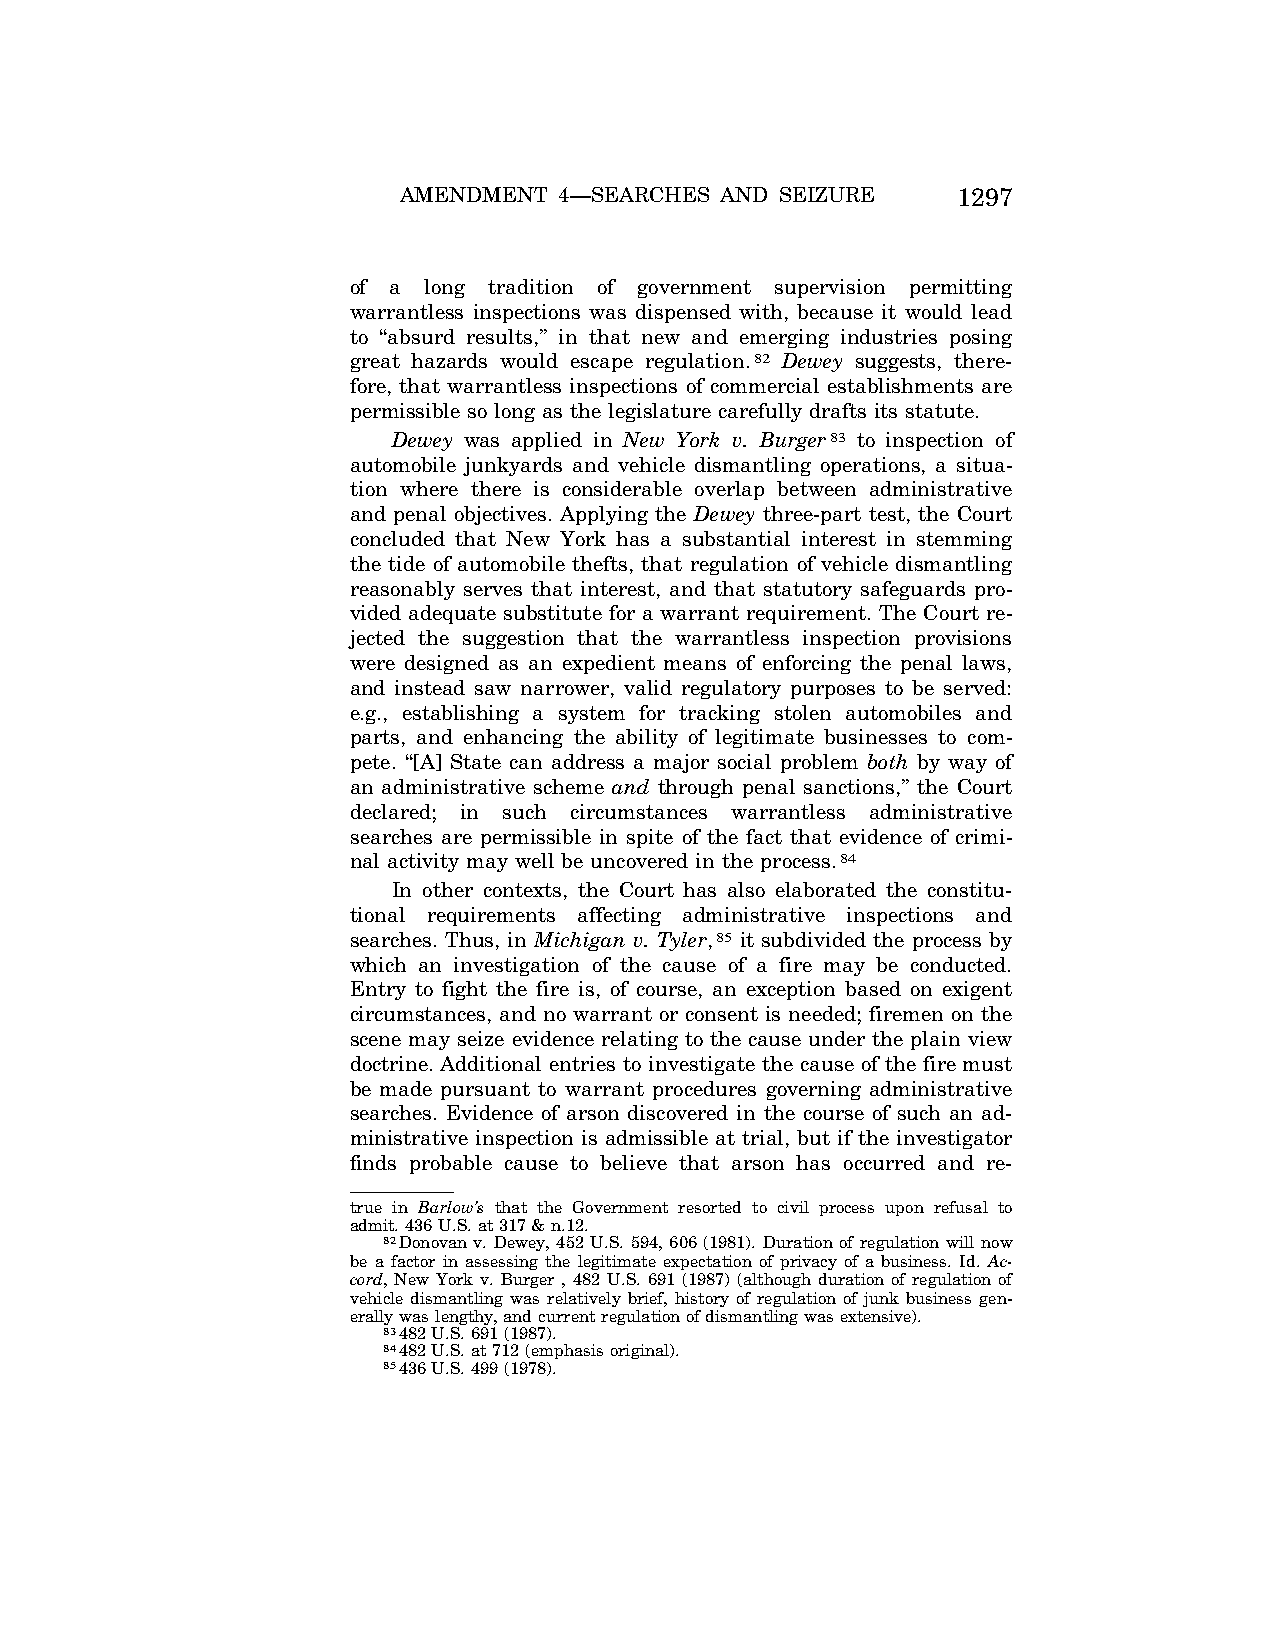
AMENDMENT  4—SEARCHES AND SEIZURE    1297
 of a long tradition of government supervision permitting
 warrantless inspections was dispensed with, because it would lead
 to ‘‘absurd results,’’ in that new and emerging industries posing
 great hazards would escape regulation.82 Dewey suggests, there-
 fore, that warrantless inspections of commercial establishments are
 permissible so long as the legislature carefully drafts its statute.
 Dewey was applied in New York v. Burger83 to inspection of
 automobile junkyards and vehicle dismantling operations, a situa-
 tion where there is considerable overlap between administrative
 and penal objectives. Applying the Dewey three-part test, the Court
 concluded that New York has a substantial interest in stemming
 the tide of automobile thefts, that regulation of vehicle dismantling
 reasonably serves that interest, and that statutory safeguards pro-
 vided adequate substitute for a warrant requirement. The Court re-
 jected the suggestion that the warrantless inspection provisions
 were designed as an expedient means of enforcing the penal laws,
 and instead saw narrower, valid regulatory purposes to be served:
 e.g., establishing a system for tracking stolen automobiles and
 parts, and enhancing the ability of legitimate businesses to com-
 pete. ‘‘[A] State can address a major social problem both by way of
 an administrative scheme and through penal sanctions,’’ the Court
 declared; in such circumstances warrantless administrative
 searches are permissible in spite of the fact that evidence of crimi-
 nal activity may well be uncovered in the process.84
 In other contexts, the Court has also elaborated the constitu-
 tional requirements affecting administrative inspections and
 searches. Thus, in Michigan v. Tyler,85 it subdivided the process by
 which an investigation of the cause of a fire may be conducted.
 Entry to fight the fire is, of course, an exception based on exigent
 circumstances, and no warrant or consent is needed; firemen on the
 scene may seize evidence relating to the cause under the plain view
 doctrine. Additional entries to investigate the cause of the fire must
 be made pursuant to warrant procedures governing administrative
 searches. Evidence of arson discovered in the course of such an ad-
 ministrative inspection is admissible at trial, but if the investigator
 finds probable cause to believe that arson has occurred and re-
 true in Barlow’s that the Government resorted to civil process upon refusal to
 admit. 436 U.S. at 317 & n.12.
 82Donovan v. Dewey, 452 U.S. 594, 606 (1981). Duration of regulation will now
 be a factor in assessing the legitimate expectation of privacy of a business. Id. Ac-
 cord, New York v. Burger , 482 U.S. 691 (1987) (although duration of regulation of
 vehicle dismantling was relatively brief, history of regulation of junk business gen-
 erally was lengthy, and current regulation of dismantling was extensive).
 83482 U.S. 691 (1987).
 84482 U.S. at 712 (emphasis original).
 85436 U.S. 499 (1978).
 VerDate Apr<15>2004 09:55 Jun 25, 2004 Jkt 077500 PO 00000 Frm 00017 Fmt 8222 Sfmt 8222 C:\CONAN\CON028.SGM PRFM99 PsN: CON028